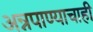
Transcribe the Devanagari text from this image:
अन्नपाण्याचाही